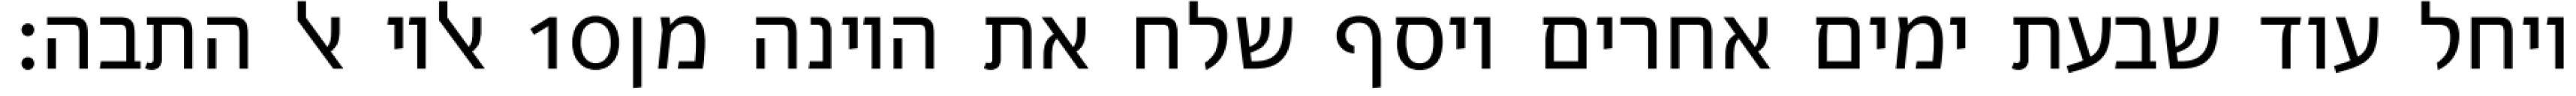
אליו אל התבה׃ ‎10‏ ויחל עוד שבעת ימים אחרים ויסף שלח את היונה מן